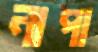
নাপা